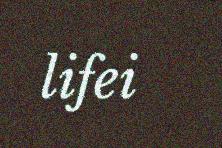
lifei